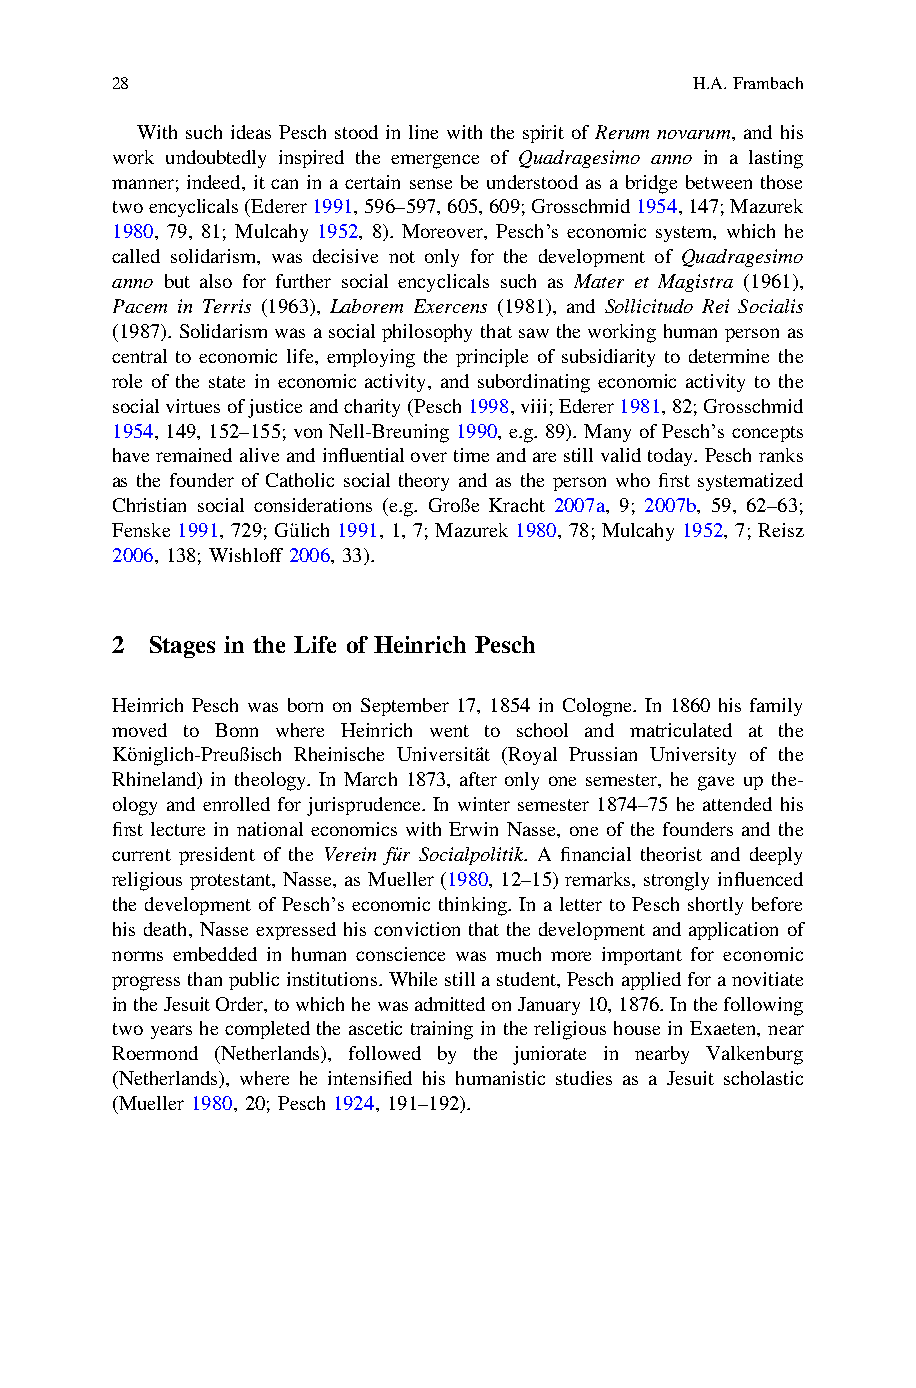
28                                     H.A.Frambach
 With such ideas Pesch stood in line with the spirit of Rerum novarum, and his
 work undoubtedly inspired the emergence of Quadragesimo anno in a lasting
 manner; indeed, it can in a certain sense be understood as a bridge between those
 twoencyclicals(Ederer1991,596–597,605,609;Grosschmid1954,147;Mazurek
 1980, 79, 81; Mulcahy 1952, 8). Moreover, Pesch’s economic system, which he
 called solidarism, was decisive not only for the development of Quadragesimo
 anno but also for further social encyclicals such as Mater et Magistra (1961),
 Pacem in Terris (1963), Laborem Exercens (1981), and Sollicitudo Rei Socialis
 (1987). Solidarism was a social philosophy that saw the working human person as
 central to economic life, employing the principle of subsidiarity to determine the
 role of the state in economic activity, and subordinating economic activity to the
 socialvirtuesofjusticeandcharity(Pesch1998,viii;Ederer1981,82;Grosschmid
 1954, 149, 152–155; von Nell-Breuning 1990, e.g. 89). Many of Pesch’s concepts
 haveremainedaliveandinfluentialovertimeandarestillvalidtoday. Peschranks
 as the founder of Catholic social theory and as the person who first systematized
 Christian social considerations (e.g. Große Kracht 2007a, 9; 2007b, 59, 62–63;
 Fenske 1991, 729; Gülich 1991, 1, 7; Mazurek 1980, 78; Mulcahy 1952, 7; Reisz
 2006, 138; Wishloff 2006, 33).
 2  Stages in the Life of Heinrich Pesch
 Heinrich Pesch was born on September 17, 1854 in Cologne. In 1860 his family
 moved to Bonn where Heinrich went to school and matriculated at the
 Königlich-Preußisch Rheinische Universität (Royal Prussian University of the
 Rhineland) in theology. In March 1873, after only one semester, he gave up the-
 ology and enrolled for jurisprudence. In winter semester 1874–75 he attended his
 first lecture in national economics with Erwin Nasse, one of the founders and the
 current president of the Verein für Socialpolitik. A financial theorist and deeply
 religious protestant, Nasse, as Mueller (1980, 12–15) remarks, strongly influenced
 the development of Pesch’s economic thinking. In a letter to Pesch shortly before
 his death, Nasse expressed his conviction that the development and application of
 norms embedded in human conscience was much more important for economic
 progressthanpublicinstitutions.Whilestillastudent,Peschappliedforanovitiate
 intheJesuitOrder,towhichhewasadmittedonJanuary10,1876.Inthefollowing
 two years he completed the ascetic training in the religious house in Exaeten, near
 Roermond (Netherlands), followed by the juniorate in nearby Valkenburg
 (Netherlands), where he intensified his humanistic studies as a Jesuit scholastic
 (Mueller 1980, 20; Pesch 1924, 191–192).